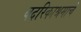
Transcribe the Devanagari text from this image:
बदरिकाश्रमाचे